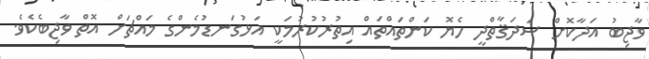
ވާޖިބު އަދާކޮށް ޞަދަޤާތްދީ ހެޔޮ ކަންތައްތައް އިތުރުކުރުމަކީ އަޅުގަނޑުމެންގެ މައްޗަށް އޮތް ވާޖިބެކެވެ.